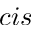
c i s